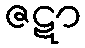
ဇဋာ